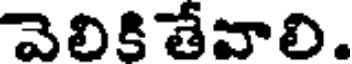
వెలికి తేవాలి.